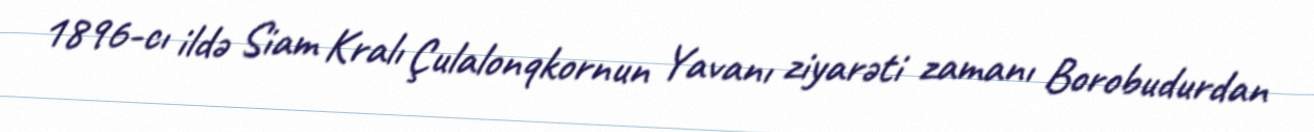
1896-cı ildə Siam Kralı Çulalonqkornun Yavanı ziyarəti zamanı Borobudurdan